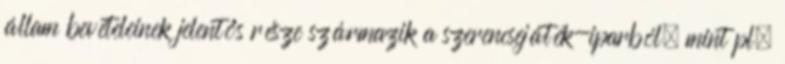
állam bevételeinek jelentős része származik a szerencsejáték-iparból, mint pl.